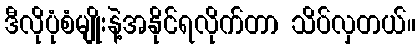
ဒီလိုပုံစံမျိုးနဲ့အနိုင်ရလိုက်တာ သိပ်လှတယ်။